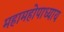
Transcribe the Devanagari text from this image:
महामहोपाध्‍याय